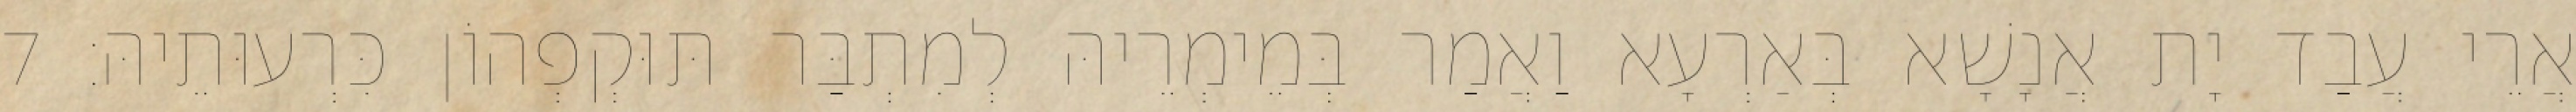
אֲרֵי עֲבַד יָת אֲנָשָׁא בְּאַרְעָא וַאֲמַר בְּמֵימְרֵיהּ לְמִתְבַּר תּוּקְפְהוֹן כִּרְעוּתֵיהּ׃ 7